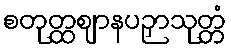
စတုတ္ထဈာနပဉှာသုတ္တံ